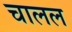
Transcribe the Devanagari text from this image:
चालल